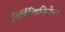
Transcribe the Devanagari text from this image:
निर्मितिप्रकियेचा